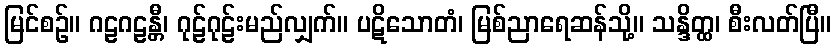
မြင်စဉ်။ ဂဠဂဠန္တီ၊ ဂုဠ်ဂုဠ်းမည်လျှက်။ ပဋိသောတံ၊ မြစ်ညာရေဆန်သို့။ သန္ဒိတ္ထ၊ စီးလတ်ပြီ။